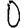
Digit: 0